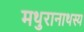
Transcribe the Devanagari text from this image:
मथुरानाथस्य